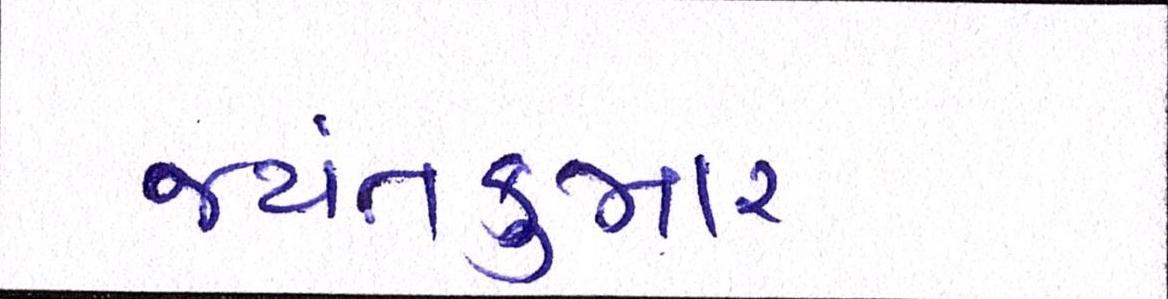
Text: જયંતકુમાર